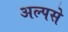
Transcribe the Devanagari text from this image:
अल्पसे